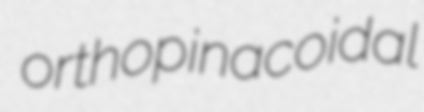
orthopinacoidal